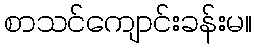
စာသင်ကျောင်းခန်းမ။